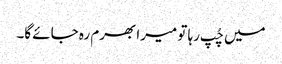
میں چُپ رہا تو میرا بھرم رہ جائے گا۔